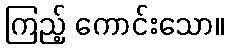
ကြည့် ကောင်းသော။